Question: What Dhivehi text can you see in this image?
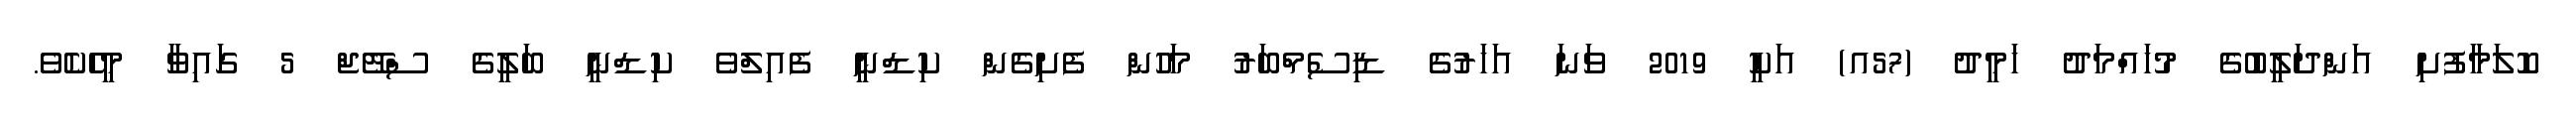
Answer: ކޮލަމާފުށި އަންދަލީބުގެ މުހައްމަދު ހަމީދު (57އ) އަކީ 2019 ވަނަ އަހަރުގެ ޑިސެމްބަރު މަހުން ފެށިގެން ކިޑްނީ ފެއިލްވެ ކިޑްނީ ބަލީގެ ސްޓޭޖް 5 ގައިވާ މީހެކެވެ.